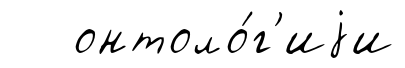
онтоло́г'иjи